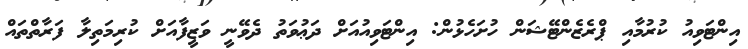
އިންޓަވިއު ކުރުމާއި ޕްރެޒެންޓޭޝަން ހުށަހެޅުން: އިންޓަވިއުއަށް ދަޢުވަތު ދެވޭނީ ވަޒީފާއަށް ކުރިމަތިލާ ފަރާތްތައް